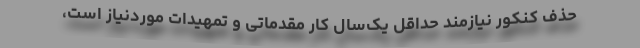
حذف کنکور نیازمند حداقل یک‌سال کار مقدماتی و تمهیدات موردنیاز است،